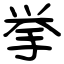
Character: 挙